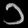
Digit: ၁